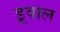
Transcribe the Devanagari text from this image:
डूवाल